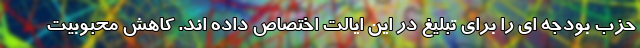
حزب بودجه ای را برای تبلیغ در این ایالت اختصاص داده اند. کاهش محبوبیت